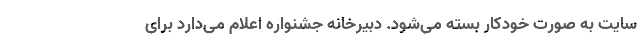
سایت به صورت خودکار بسته می‌شود. دبیرخانه جشنواره اعلام می‌دارد برای